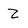
Character: Z